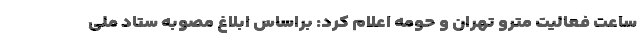
ساعت فعالیت مترو تهران و حومه اعلام کرد: براساس ابلاغ مصوبه ستاد ملی